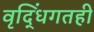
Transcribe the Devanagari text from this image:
वृद्धिंगतही